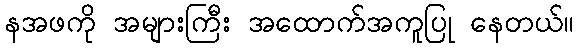
နအဖကို အများကြီး အထောက်အကူပြု နေတယ်။